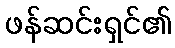
ဖန်ဆင်းရှင်၏